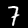
Digit: 7